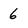
Character: 6